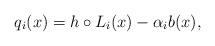
LaTeX: \begin{align*}q_i(x)=h\circ L_i(x) - \alpha_i b(x),\end{align*}